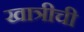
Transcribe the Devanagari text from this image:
खात्रीची